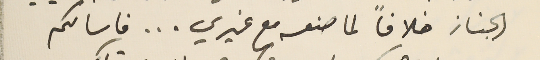
الجناز خلافاً لما صنعه مع غيري... فاسالكم